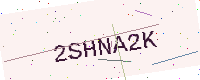
Text: 2SHNA2K